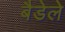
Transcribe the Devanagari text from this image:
बैडेले